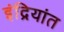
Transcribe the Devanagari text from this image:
इंद्रियांत